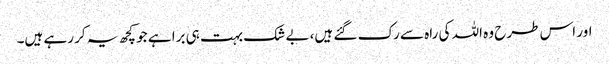
اور اس طرح وہ اللہ کی راہ سے رک گئے ہیں، بے شک بہت ہی برا ہے جو کچھ یہ کر رہے ہیں۔